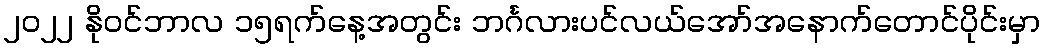
၂၀၂၂ နိုဝင်ဘာလ ၁၅ရက်နေ့အတွင်း ဘင်္ဂလားပင်လယ်အော်အနောက်တောင်ပိုင်းမှာ